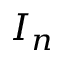
I _ { n }